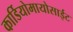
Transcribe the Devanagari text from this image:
कार्डियोमायोसाईट